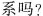
系吗?